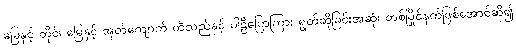
မြေနှင့် တိုင်၊ မြေနှင့် အုတ်ကျောက် ထိသည်နှင့် ပါဠိပြောကြား ရွတ်ဆိုခြင်းအဆုံး တစ်ပြိုင်နက်ဖြစ်အောင်ဆို၍